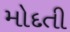
મોદતી